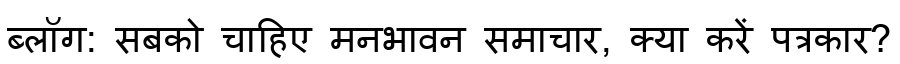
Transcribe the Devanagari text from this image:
ब्लॉग: सबको चाहिए मनभावन समाचार, क्या करें पत्रकार?